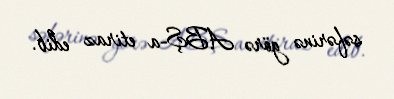
səfərinə görə ABŞ-a etiraz edib.